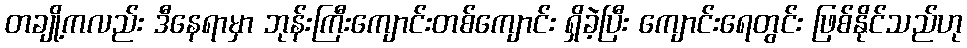
တချို့ကလည်း ဒီနေရာမှာ ဘုန်းကြီးကျောင်းတစ်ကျောင်း ရှိခဲ့ပြီး ကျောင်းရေတွင်း ဖြစ်နိုင်သည်ဟု